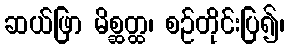
ဆယ်ဖြာ မိစ္ဆတ္ထ၊ စဉ်တိုင်းပြ၍၊